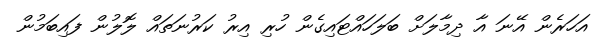
އަހަރެން އޭނަ އާ ދިމާލަށް ބަލަހައްޓައިގެން ހުރި އިރު ކަރުނަތައް ލޮލުން ފައިބަމުން